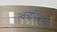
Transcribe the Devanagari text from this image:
त्वचाविकारात